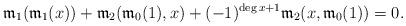
LaTeX: \begin{align*}\frak m_1(\frak m_1(x)) + \frak m_2(\frak m_0(1),x) + (-1)^{\deg x+1} \frak m_2(x,\frak m_0(1)) = 0.\end{align*}